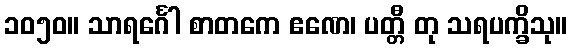
၁၀၅၀။ သာရင်္ဂေါ စာတကေ ဧဏေ၊ ပတ္တီ တု သရပက္ခိသု။